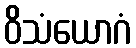
ဝိသံယောဂံ